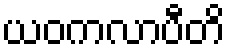
ယဝကလာပီတိ